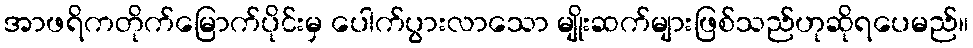
အာဖရိကတိုက်မြောက်ပိုင်းမှ ပေါက်ပွားလာသော မျိုးဆက်များဖြစ်သည်ဟုဆိုရပေမည်။